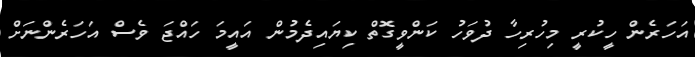
އަހަރެން ހީކުރީ މިހުރިހާ ދުވަހު ކަންވީގޮތް ކިޔައިދެމުން އައީމަ ހައްޖަ ވެސް އަހަރެންނަށް